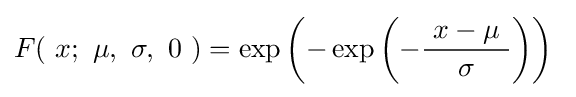
F(\ x;\ \mu ,\ \sigma ,\ 0\ )=\exp \left(-\exp \left(-{\frac {\ x-\mu \ }{\sigma }}\right)\right)~